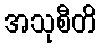
အသုစီတိ